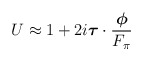
\begin{align*}U\approx 1+ 2i\mbox{\boldmath${\tau}$}\cdot \frac{\mbox{\boldmath$\phi$}}{F_\pi}\end{align*}